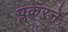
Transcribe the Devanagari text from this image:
प्लकरने